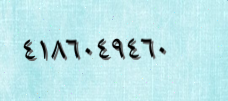
٤١٨٦٠٤٩٤٦٠